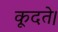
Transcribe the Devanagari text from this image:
कूदते।